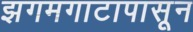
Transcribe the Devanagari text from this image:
झगमगाटापासून